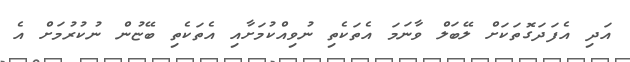
އަދި އެފަދަގޮތަކަށް ލޭބަލް ވާނަމަ އެތަކެތި ނުވިއްކުމަށާއި އެތަކެތި ބޭޏުން ނުކުރުމަށް އެ